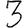
Digit: 3